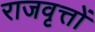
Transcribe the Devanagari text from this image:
राजवृत्तों